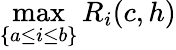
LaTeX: \operatorname*{max}_{\{ a\leq i\leq b\} }R_{i}(c,h)